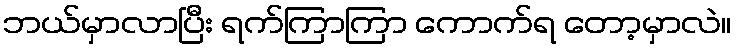
ဘယ်မှာလာပြီး ရက်ကြာကြာ ကောက်ရ တော့မှာလဲ။